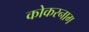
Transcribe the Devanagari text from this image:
कोकरनाग